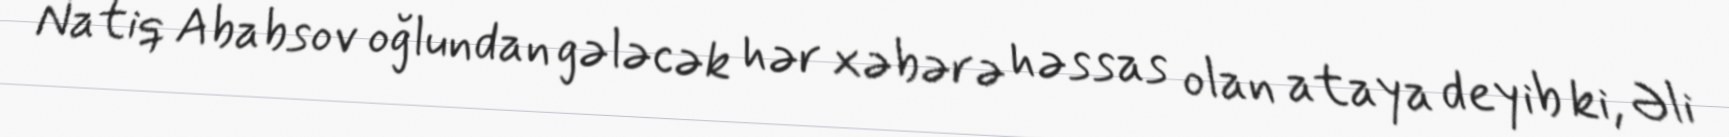
Natiq Ababsov oğlundan gələcək hər xəbərə həssas olan ataya deyib ki, Əli